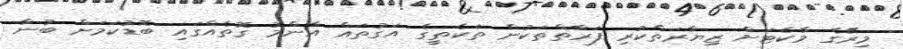
މިރޭގެ މާކެޓަށް ޒިޔާރަތްކުރި ފަރާތްތަކުން ތަކެތީގެ އަގުތައް އާންމު ގޮތެއްގައި ބޮޑުކަމަށް ބުނާ